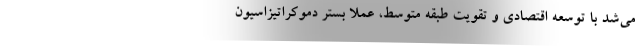
می‌شد با توسعه اقتصادی و تقویت طبقه متوسط، عملا بستر دموکراتیزاسیون